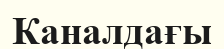
Каналдағы